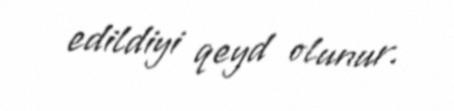
edildiyi qeyd olunur.